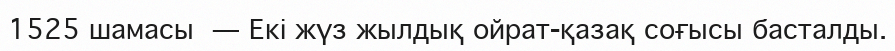
1525 шамасы — Екі жүз жылдық ойрат-қазақ соғысы басталды.